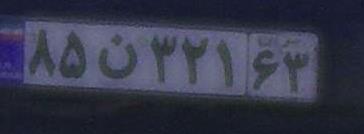
۸۵ن۳۲۱۶۳